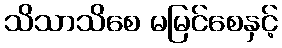
သိသာသိစေ မမြင်စေနှင့်